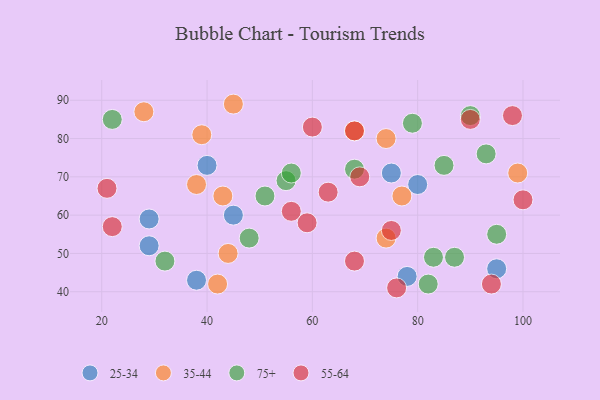
{"axis": {"x": "GDP", "y": "Life Expectancy"}, "legend": ["25-34", "35-44", "55-64", "75+"], "data": [{"x": "95", "y": 46, "type": "25-34"}, {"x": "38", "y": 43, "type": "25-34"}, {"x": "78", "y": 44, "type": "25-34"}, {"x": "80", "y": 68, "type": "25-34"}, {"x": "40", "y": 73, "type": "25-34"}, {"x": "29", "y": 52, "type": "25-34"}, {"x": "45", "y": 60, "type": "25-34"}, {"x": "29", "y": 59, "type": "25-34"}, {"x": "75", "y": 71, "type": "25-34"}, {"x": "44", "y": 50, "type": "35-44"}, {"x": "43", "y": 65, "type": "35-44"}, {"x": "45", "y": 89, "type": "35-44"}, {"x": "74", "y": 54, "type": "35-44"}, {"x": "38", "y": 68, "type": "35-44"}, {"x": "42", "y": 42, "type": "35-44"}, {"x": "99", "y": 71, "type": "35-44"}, {"x": "68", "y": 82, "type": "35-44"}, {"x": "74", "y": 80, "type": "35-44"}, {"x": "39", "y": 81, "type": "35-44"}, {"x": "77", "y": 65, "type": "35-44"}, {"x": "28", "y": 87, "type": "35-44"}, {"x": "79", "y": 84, "type": "75+"}, {"x": "22", "y": 85, "type": "75+"}, {"x": "51", "y": 65, "type": "75+"}, {"x": "83", "y": 49, "type": "75+"}, {"x": "55", "y": 69, "type": "75+"}, {"x": "82", "y": 42, "type": "75+"}, {"x": "68", "y": 72, "type": "75+"}, {"x": "32", "y": 48, "type": "75+"}, {"x": "56", "y": 71, "type": "75+"}, {"x": "90", "y": 86, "type": "75+"}, {"x": "95", "y": 55, "type": "75+"}, {"x": "85", "y": 73, "type": "75+"}, {"x": "93", "y": 76, "type": "75+"}, {"x": "48", "y": 54, "type": "75+"}, {"x": "87", "y": 49, "type": "75+"}, {"x": "69", "y": 70, "type": "55-64"}, {"x": "90", "y": 85, "type": "55-64"}, {"x": "59", "y": 58, "type": "55-64"}, {"x": "21", "y": 67, "type": "55-64"}, {"x": "68", "y": 48, "type": "55-64"}, {"x": "63", "y": 66, "type": "55-64"}, {"x": "68", "y": 82, "type": "55-64"}, {"x": "100", "y": 64, "type": "55-64"}, {"x": "76", "y": 41, "type": "55-64"}, {"x": "60", "y": 83, "type": "55-64"}, {"x": "75", "y": 56, "type": "55-64"}, {"x": "56", "y": 61, "type": "55-64"}, {"x": "98", "y": 86, "type": "55-64"}, {"x": "22", "y": 57, "type": "55-64"}, {"x": "94", "y": 42, "type": "55-64"}]}